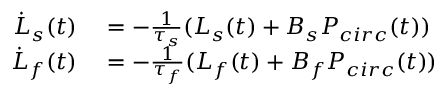
\begin{array} { r l } { \dot { L } _ { s } ( t ) } & { { } = - \frac { 1 } { \tau _ { s } } ( L _ { s } ( t ) + B _ { s } P _ { c i r c } ( t ) ) } \\ { \dot { L } _ { f } ( t ) } & { { } = - \frac { 1 } { \tau _ { f } } ( L _ { f } ( t ) + B _ { f } P _ { c i r c } ( t ) ) } \end{array}